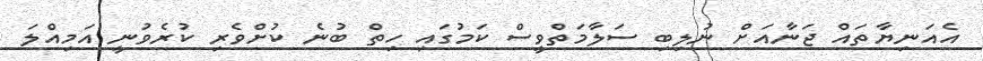
އެއަނިޔާތައް ޖަނާއަށް ނުލިބި ސަލާމަތްވީސް ކަމުގައި ހިތް ބުނެ ކުށްވެރި ކުރެވުނީ އަމިއްލަ